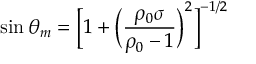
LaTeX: \sin \theta _ { m } = \Big [ 1 + \Big ( \frac { \rho _ { 0 } \sigma } { \rho _ { 0 } - 1 } \Big ) ^ { 2 } \Big ] ^ { - 1 / 2 }